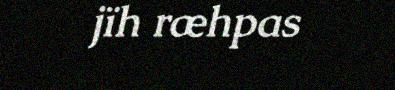
jïh ræhpas